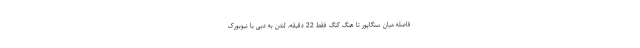
فاصله میان سنگاپور تا هنگ کنگ فقط 22 دقیقه، لندن به دبی یا نیویورک